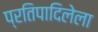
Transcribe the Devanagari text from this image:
प्रतिपादिलेला